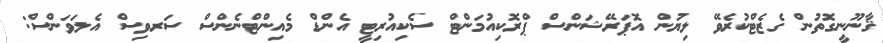
ޤާނޫނީގޮތުން ގެޒެޓްކުރެވޭ ލިޔުން އޮޕަރޭޝަންސް ޕްރޮކިއުމަންޓް ސެކިއުރިޓީ އެންޑް މެއިންޓްނެންސް ސަރވިސް އެލަވަންސް: